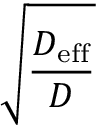
\sqrt { \frac { D _ { \mathrm { e f f } } } { D } }